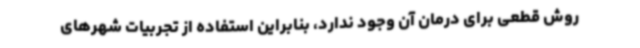
روش قطعی برای درمان آن وجود ندارد، بنابراین استفاده از تجربیات شهرهای